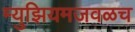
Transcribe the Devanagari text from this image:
म्युझियमजवळच